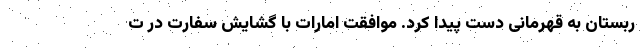
ربستان به قهرمانی دست پیدا کرد. موافقت امارات با گشایش سفارت در ت